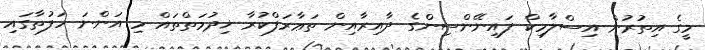
މީގެ އިތުރުން އިސްލާމިކް ފައިނޭންސިންގެ ދާއިރާއިން ތަޢާރަފްކުރާ ޚިދުމަތްތައް މި އަންނަ ހަފުތާގައި